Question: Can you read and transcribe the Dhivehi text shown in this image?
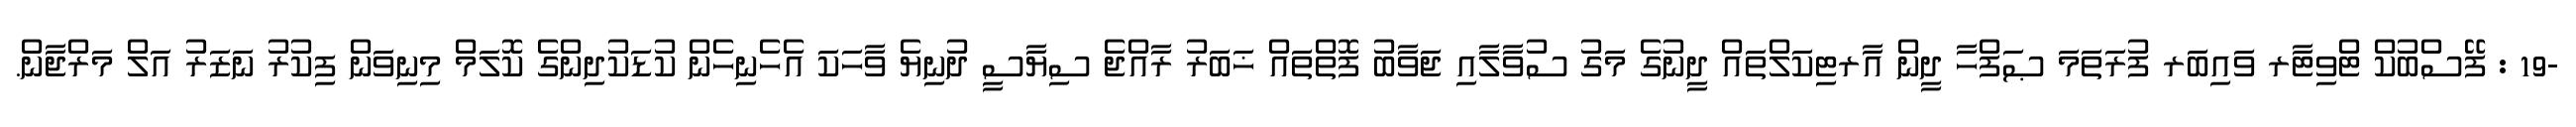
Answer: -19 : ފޭސްބުކް ޓްވިޓާރ ވައިބަރ ފުރަތަމަ ޞަފްހާ ދީން އާރޓިކަލްތައް ދީނުގެ މަގު ސުވާލާއި ޖަވާބު ފޮތްތައް ޚަބަރު ރާއްޖެ ސިޔާސީ ދުނިޔެ ވާހަކަ އެހެނިހެން ކުޑަކުދިންގެ ކޮލަމް މިނިވަން ފިކުރު ނަޒަރު އަލް މަރްޖާން.